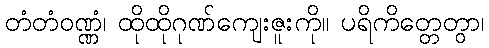
တံတံဝဏ္ဏံ၊ ထိုထိုဂုဏ်ကျေးဇူးကို။ ပရိကိတ္တေတွာ၊